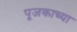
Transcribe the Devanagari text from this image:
पूजकाच्या